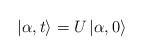
LaTeX: \begin{align*}\left| \alpha ,t\right\rangle =U\left| \alpha ,0\right\rangle\end{align*}